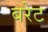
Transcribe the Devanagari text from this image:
बरेट